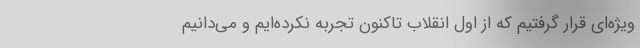
ویژه‌ای قرار گرفتیم که از اول انقلاب تاکنون تجربه نکرده‌ایم و می‌دانیم